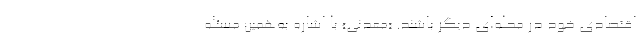
اقتصادی خود در محله‌ای دیگر باشند. «معدنی» با اشاره به‌همین مسئله